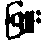
ဖြူး